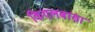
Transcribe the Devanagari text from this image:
किएलबासा